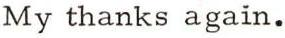
My thanks again.